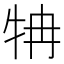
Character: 𤘼